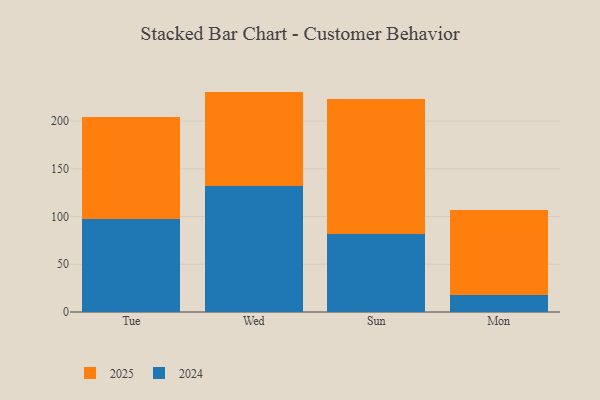
{"axis": {"x": "Day", "y": "Bounce Rate (%)"}, "legend": ["2024", "2025"], "data": [{"x": "Tue", "y": 97.4, "type": "2024"}, {"x": "Tue", "y": 107.4, "type": "2025"}, {"x": "Wed", "y": 131.6, "type": "2024"}, {"x": "Wed", "y": 99.3, "type": "2025"}, {"x": "Sun", "y": 81.4, "type": "2024"}, {"x": "Sun", "y": 142.0, "type": "2025"}, {"x": "Mon", "y": 17.9, "type": "2024"}, {"x": "Mon", "y": 88.5, "type": "2025"}]}